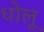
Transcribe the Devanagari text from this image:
धोलू